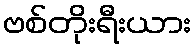
ဗစ်တိုးရီးယား